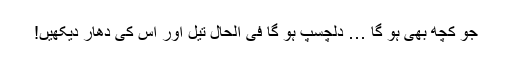
جو کچھ بھی ہو گا … دلچسپ ہو گا فی الحال تیل اور اس کی دھار دیکھیں!